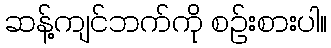
ဆန့်ကျင်ဘက်ကို စဉ်းစားပါ။